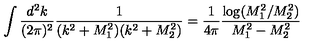
\int \frac { d ^ { 2 } k } { ( 2 \pi ) ^ { 2 } } \frac { 1 } { ( k ^ { 2 } + M _ { 1 } ^ { 2 } ) ( k ^ { 2 } + M _ { 2 } ^ { 2 } ) } = \frac { 1 } { 4 \pi } \frac { \log ( M _ { 1 } ^ { 2 } / M _ { 2 } ^ { 2 } ) } { M _ { 1 } ^ { 2 } - M _ { 2 } ^ { 2 } }